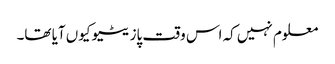
معلوم نہیں کہ اس وقت پازیٹیو کیوں آیا تھا۔